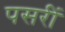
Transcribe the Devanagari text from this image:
पसरीं